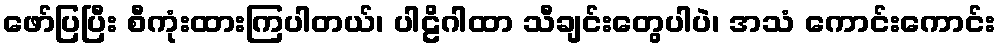
ဖော်ပြပြီး စီကုံးထားကြပါတယ်၊ ပါဠိဂါထာ သီချင်းတွေပါပဲ၊ အသံ ကောင်းကောင်း